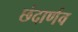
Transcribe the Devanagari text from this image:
छंदार्णव